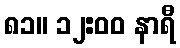
၈၁။ ၁၂:၀၀ နာရီ